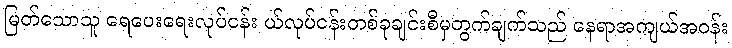
မြတ်သောသူ ရေပေးရေးလုပ်ငန်း ယ်လုပ်ငန်းတစ်ခုချင်းစီမှတွက်ချက်သည် နေရာအကျယ်အဝန်း